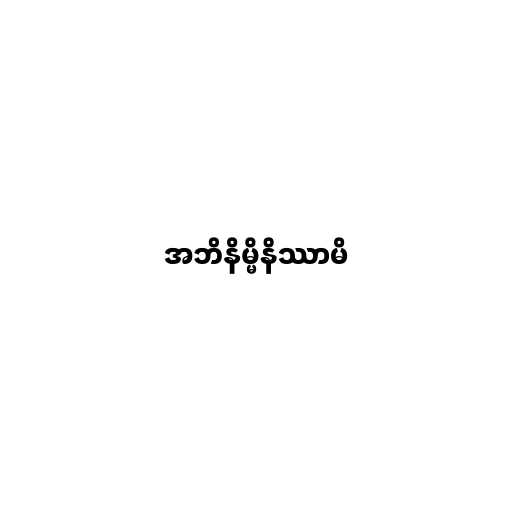
အဘိနိမ္မိနိဿာမိ